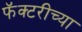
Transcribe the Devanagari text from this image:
फॅक्टरीच्या